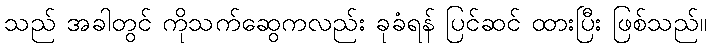
သည် အခါတွင် ကိုသက်ဆွေကလည်း ခုခံရန် ပြင်ဆင် ထားပြီး ဖြစ်သည်။